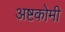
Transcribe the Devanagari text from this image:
अष्टकोमी